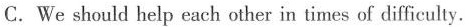
C.We should help each other in times of difficulty.